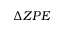
\Delta Z P E